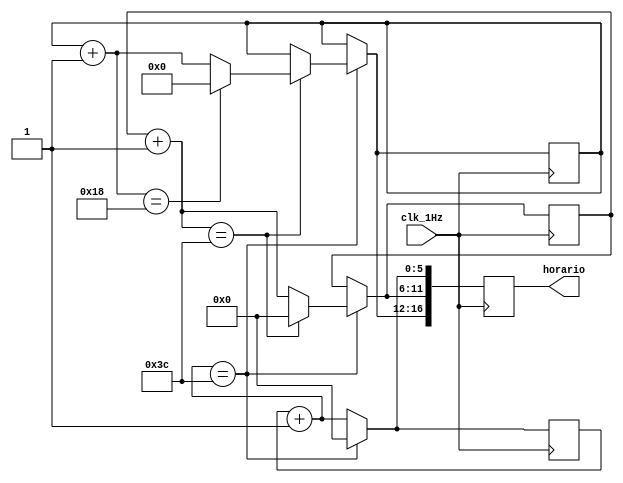
//relgio para registrar o horrio dos eventos.
module clock_counter (clk_1Hz, horario);
    input clk_1Hz;
	 output reg [16:0] horario; 

    reg [5:0] seconds, minutes;
    reg [4:0] hours; 
	 
	 initial begin
		seconds = 0;
		minutes = 0;
		hours = 0;
	 end
		
    always @ (posedge(clk_1Hz)) begin  
            seconds = seconds + 1; 
            if(seconds == 60) begin 
                seconds = 0;  
                minutes = minutes + 1; 
                if(minutes == 60) begin 
                    minutes = 0;  
                    hours = hours + 1;  
                    if(hours ==  24) begin  
                        hours = 0; 
                    end 
                end
            end   
		  horario = {hours, minutes, seconds}; 
    end     
endmodule